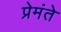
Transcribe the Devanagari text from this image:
प्रेमंते